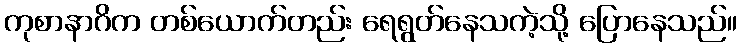
ကုစာနာဂိက တစ်ယောက်တည်း ရေရွတ်နေသကဲ့သို့ ပြောနေသည်။